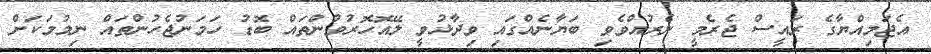
އެޖަމިއްޔާގެ ރައީސް ޖެރެމީ ނެރުއްވެވި ބަޔާނެއްގައި ވިދާޅުވީ ލޭއޮހޮރުވުންތައް ބޮޑު ހަމަނުޖެހުންތައް ނިމުމަކަށް